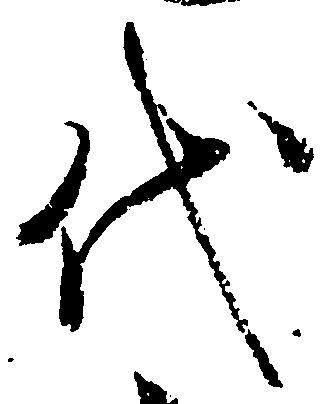
代